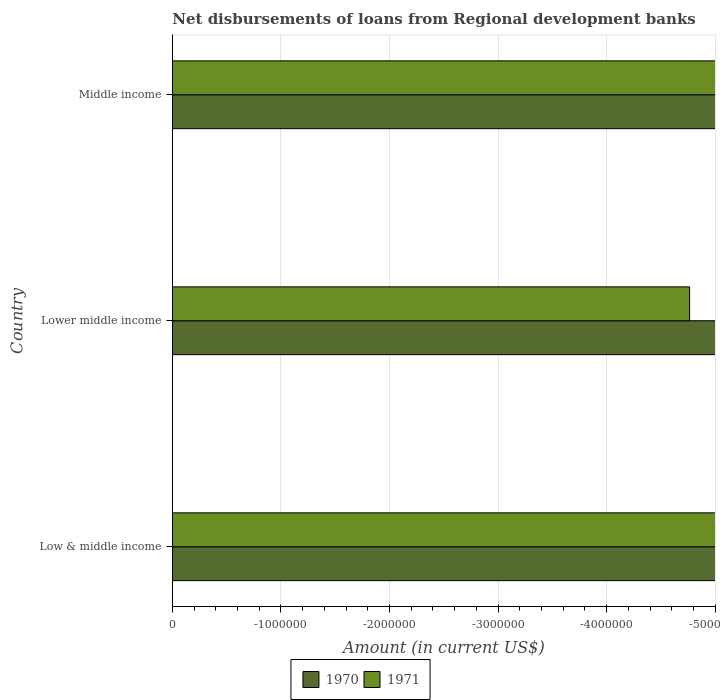
| Country | 1970 | 1971 |
 | --- | --- | --- |
 | Low & middle income | -2.02e+08 | -1.57e+07 |
 | Lower middle income | -2.02e+08 | -4.76e+06 |
 | Middle income | -2.02e+08 | -1.22e+07 |